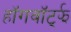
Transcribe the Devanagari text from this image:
हॉगवॉर्ट्झ